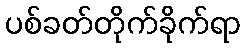
ပစ်ခတ်တိုက်ခိုက်ရာ